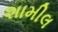
શામીલ